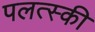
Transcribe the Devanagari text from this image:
पलत्स्की